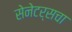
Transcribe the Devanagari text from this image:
सेनेटर्सचा